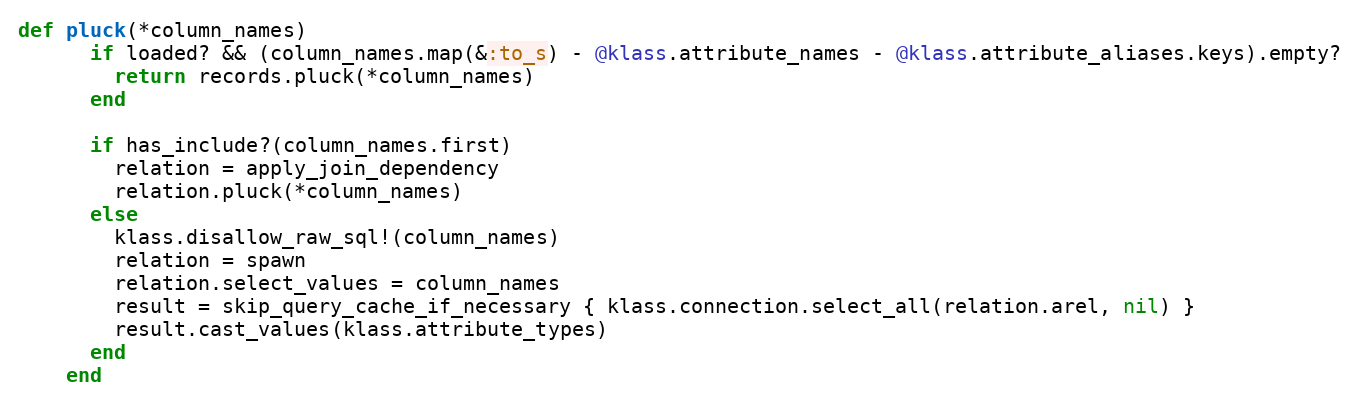
Language: Ruby
def pluck(*column_names)
      if loaded? && (column_names.map(&:to_s) - @klass.attribute_names - @klass.attribute_aliases.keys).empty?
        return records.pluck(*column_names)
      end

      if has_include?(column_names.first)
        relation = apply_join_dependency
        relation.pluck(*column_names)
      else
        klass.disallow_raw_sql!(column_names)
        relation = spawn
        relation.select_values = column_names
        result = skip_query_cache_if_necessary { klass.connection.select_all(relation.arel, nil) }
        result.cast_values(klass.attribute_types)
      end
    end